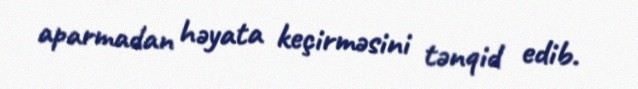
aparmadan həyata keçirməsini tənqid edib.